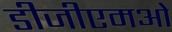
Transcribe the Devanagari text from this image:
डीजीएमओ